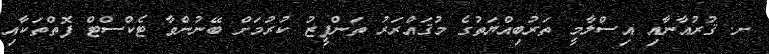
ށ. ޤުރުއާނާއި އިސްލާމީ ތަރުބިއްޔަތުގެ މުޤައްރަރު ތަންފީޒު ކުރުމަށް ބޭނުންވާ ޓެކްސްޓް ފޮތްތަކާއި